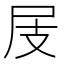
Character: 𡰸